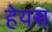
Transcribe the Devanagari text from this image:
हेयस